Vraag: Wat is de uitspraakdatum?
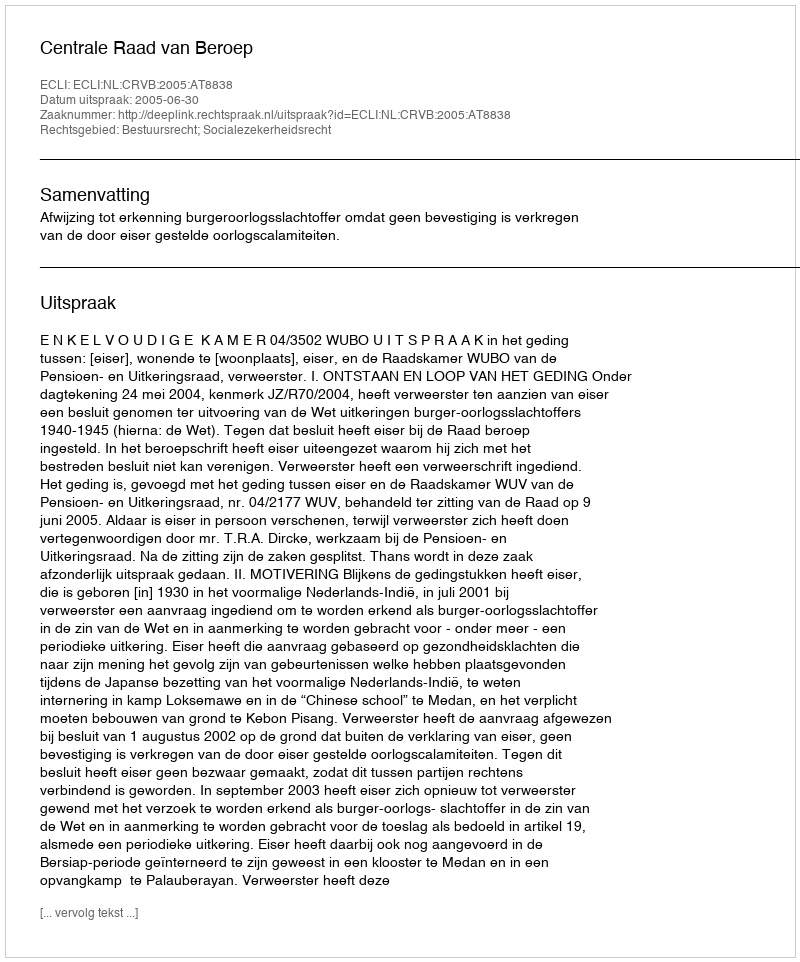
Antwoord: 2005-06-30